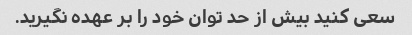
سعی کنید بیش از حد توان خود را بر عهده نگیرید.